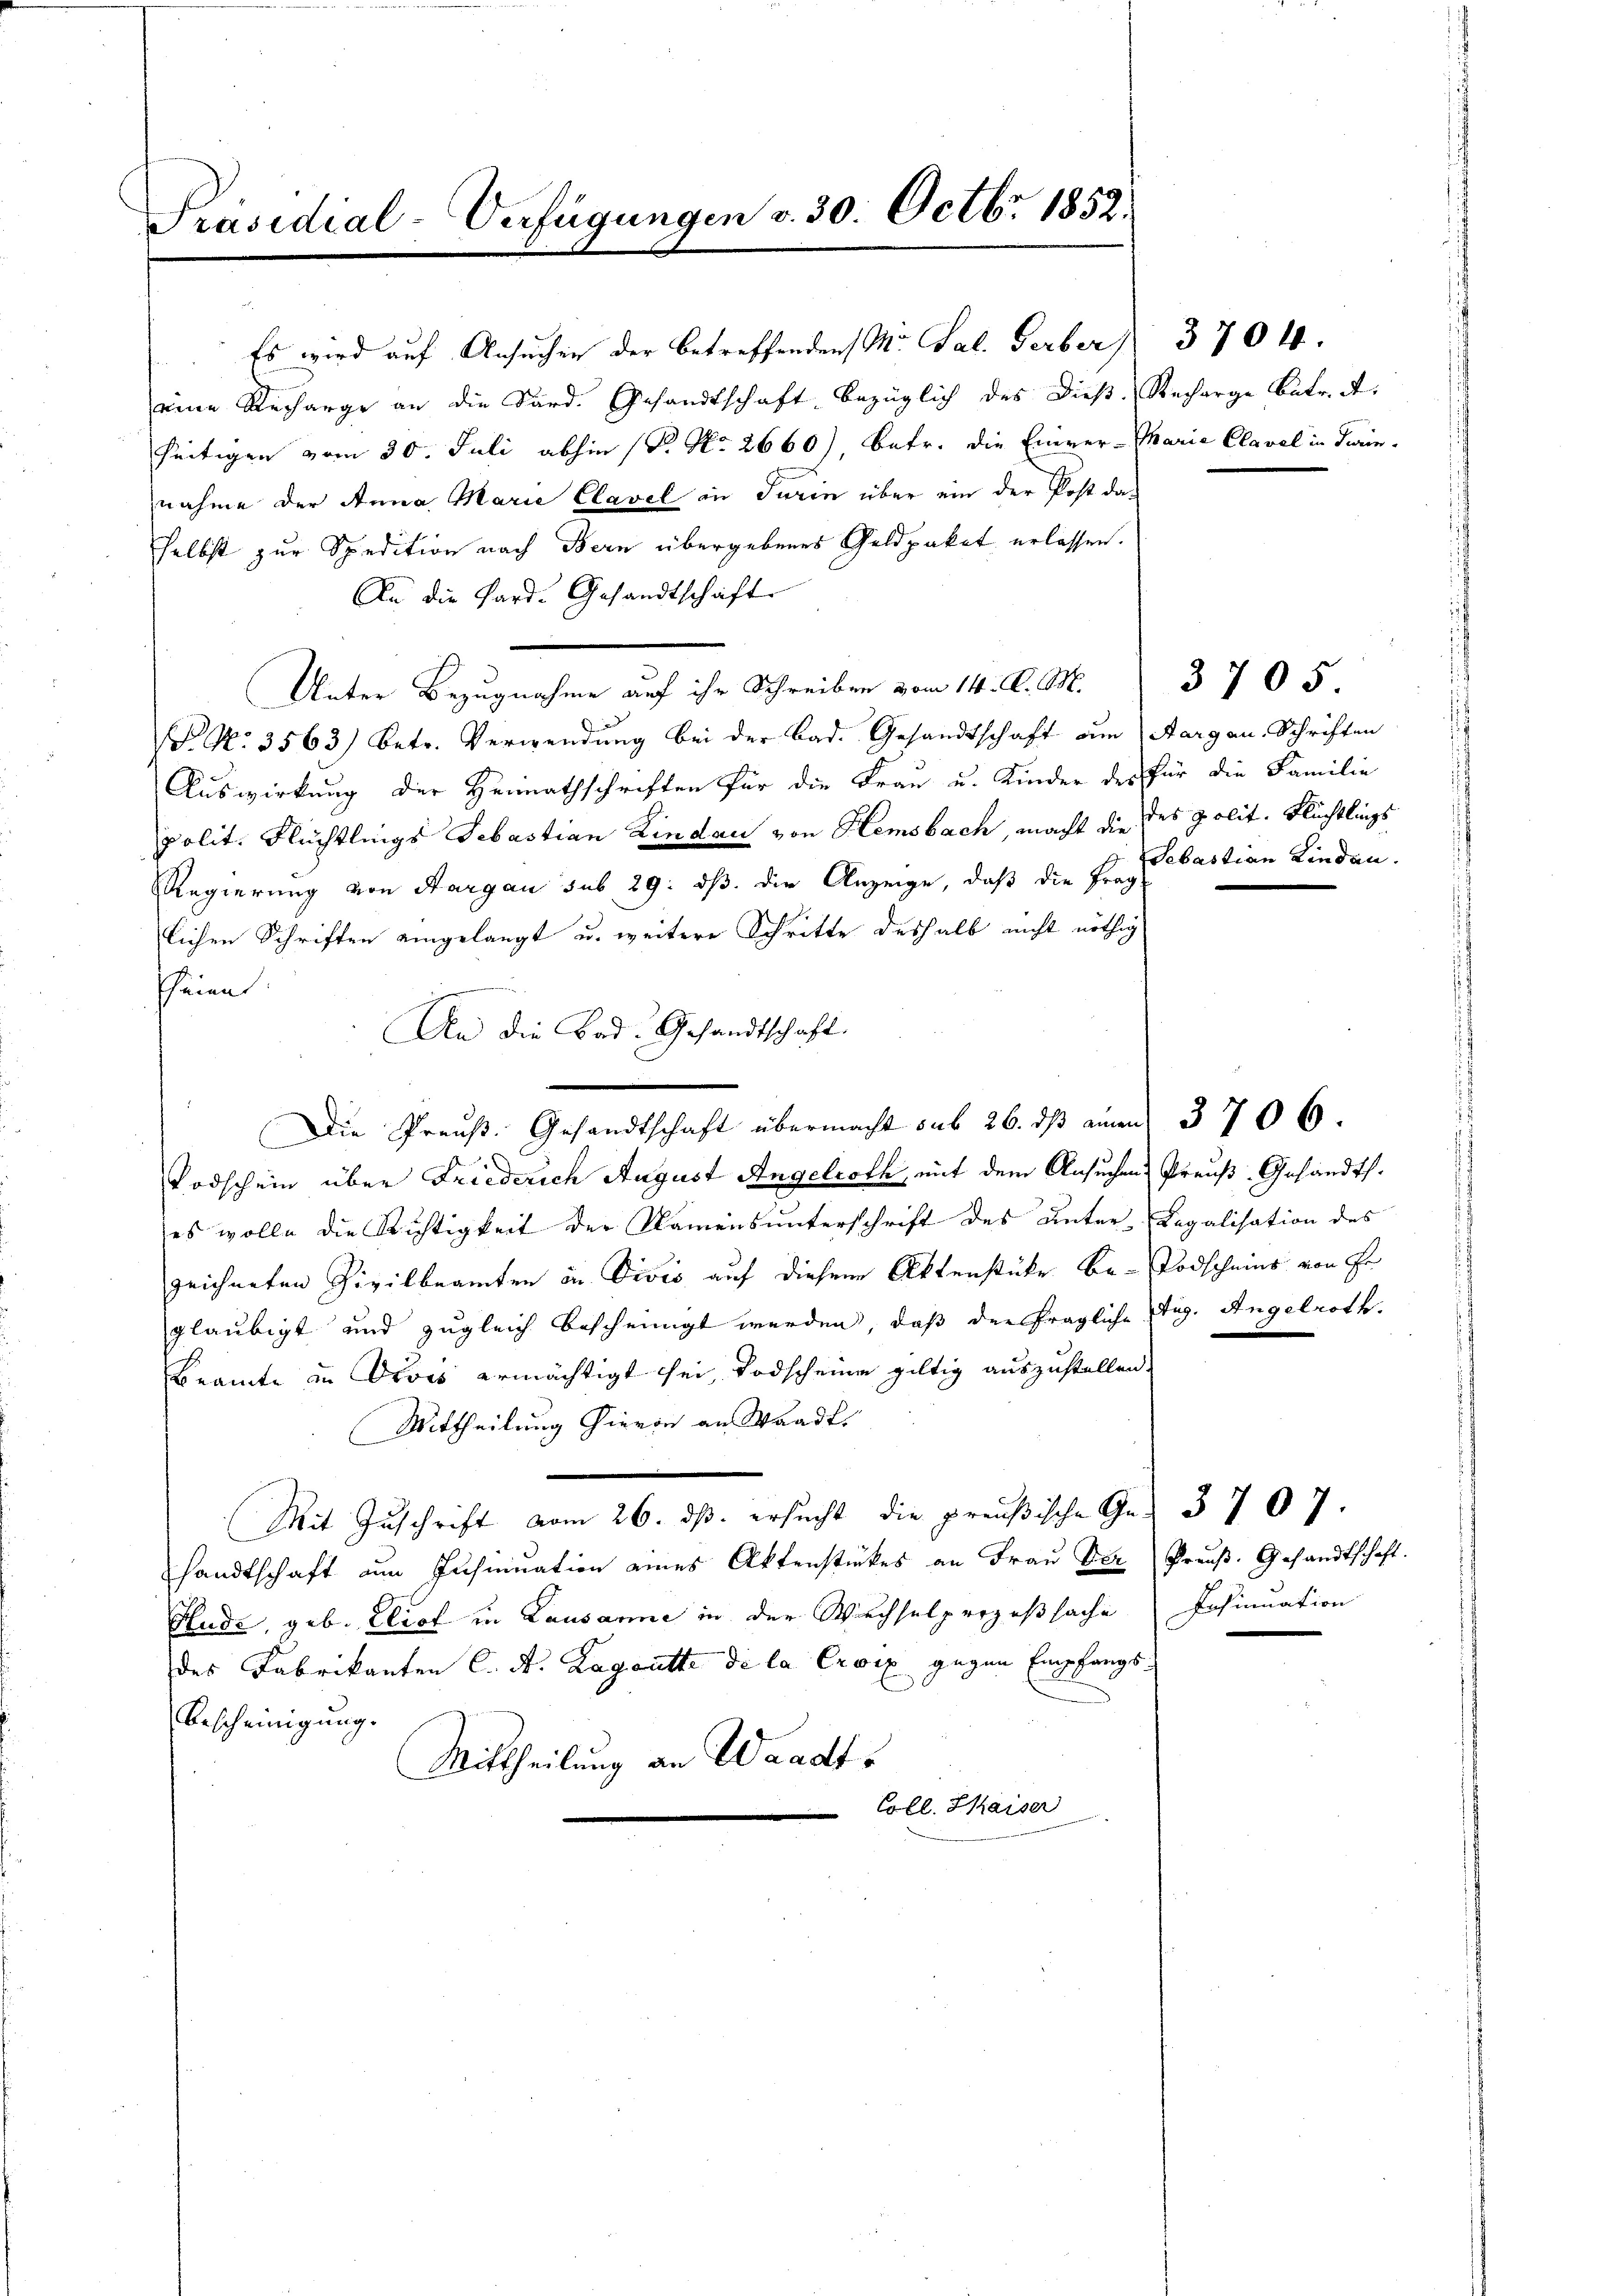
Präsidial-Verfügungen v. 30. Octbr 1852.

Es wird auf Ansuchen der betreffenden M. Sal. Ferber 3704.

eine Recharge an die Sard. Gesandtschaft bezüglich des Dieß-Recharge Betr. A.
seitigen vom 30. Juli abhin (T. No 2660), betr. die Einver-Marie Clavel in Turinnahme der Anna Marie Clavel in Turin über ein der Post daselbst zur Spedition nach Bern übergebenes Geldpaket erlassen.
An die Hard. Gesandtschaft
Unter Bezugnahme auf ihr Schreiben vom 14. d. M.
N. N. 3563) betr. Verwendung bei der Bad. Gesandtschaft am Aargau, Schriften
Auswirkung der Heimathschriften für die Frau u. Kinder des für die Familie
polit. Flüchtlings Sebastian Lindau von Hemsbach, macht die des polit. Flüchtlings
Regierung von Aargau sub 29: dß die Anzeige, daß die Frag
lichen Schriften eingelangt u. weitere Schritte deshalb nicht nöthig
Pheien.
An die Bad. Gesandtschaft.
Die Preuß. Gesandtschaft übermacht sub 26. dβ einen 3706.
u
Todschein über Friederich August Angelroth, mit dem Ansuchens Preuß-Gesandtses wolle die Richtigkeit der Namensunterschrift des Unter-Legalisation des
zeichneten Zivilbeamten in Divis auf diesem Aktenstücke be- Todscheins von Fr
gläubigt und zugleich bescheinigt werden, daß der fragliche Aug. Angelroth.
Beamte in Alois ermächtigt sei, Todscheine giltig auszustellen.
Mittheilung hievon an Waadt
Mit Zuschrift vom 26. ds. ersucht die preußische Ge- 3707.
sandtschaft an Insinuation eines Aktenstückes an Frau Der Preuß. Gesandtschaft.
Hude, geb. Eliof in Lausanne in der Wachselprozeßsache Insinuation
des Fabrikanten C. A. Lagoutti de la Croix gegen Empfangs¬
Bescheinigung.
Mittheilung an Waadt
Coll. Kaiser

3705
Sebastian Linden.